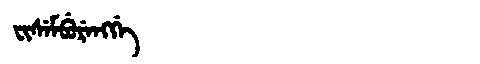
Manchu: ᠸᡳᠰᡝᠮᠪᡠᡵᡝᠩᡤᡝ
Romanization: FISEMBURENGGE